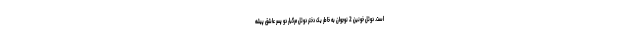
است. دوئل خونین 2 نوجوان به خاطر یک دختر دوئل مرگبار دو پسر عاشق پیشه